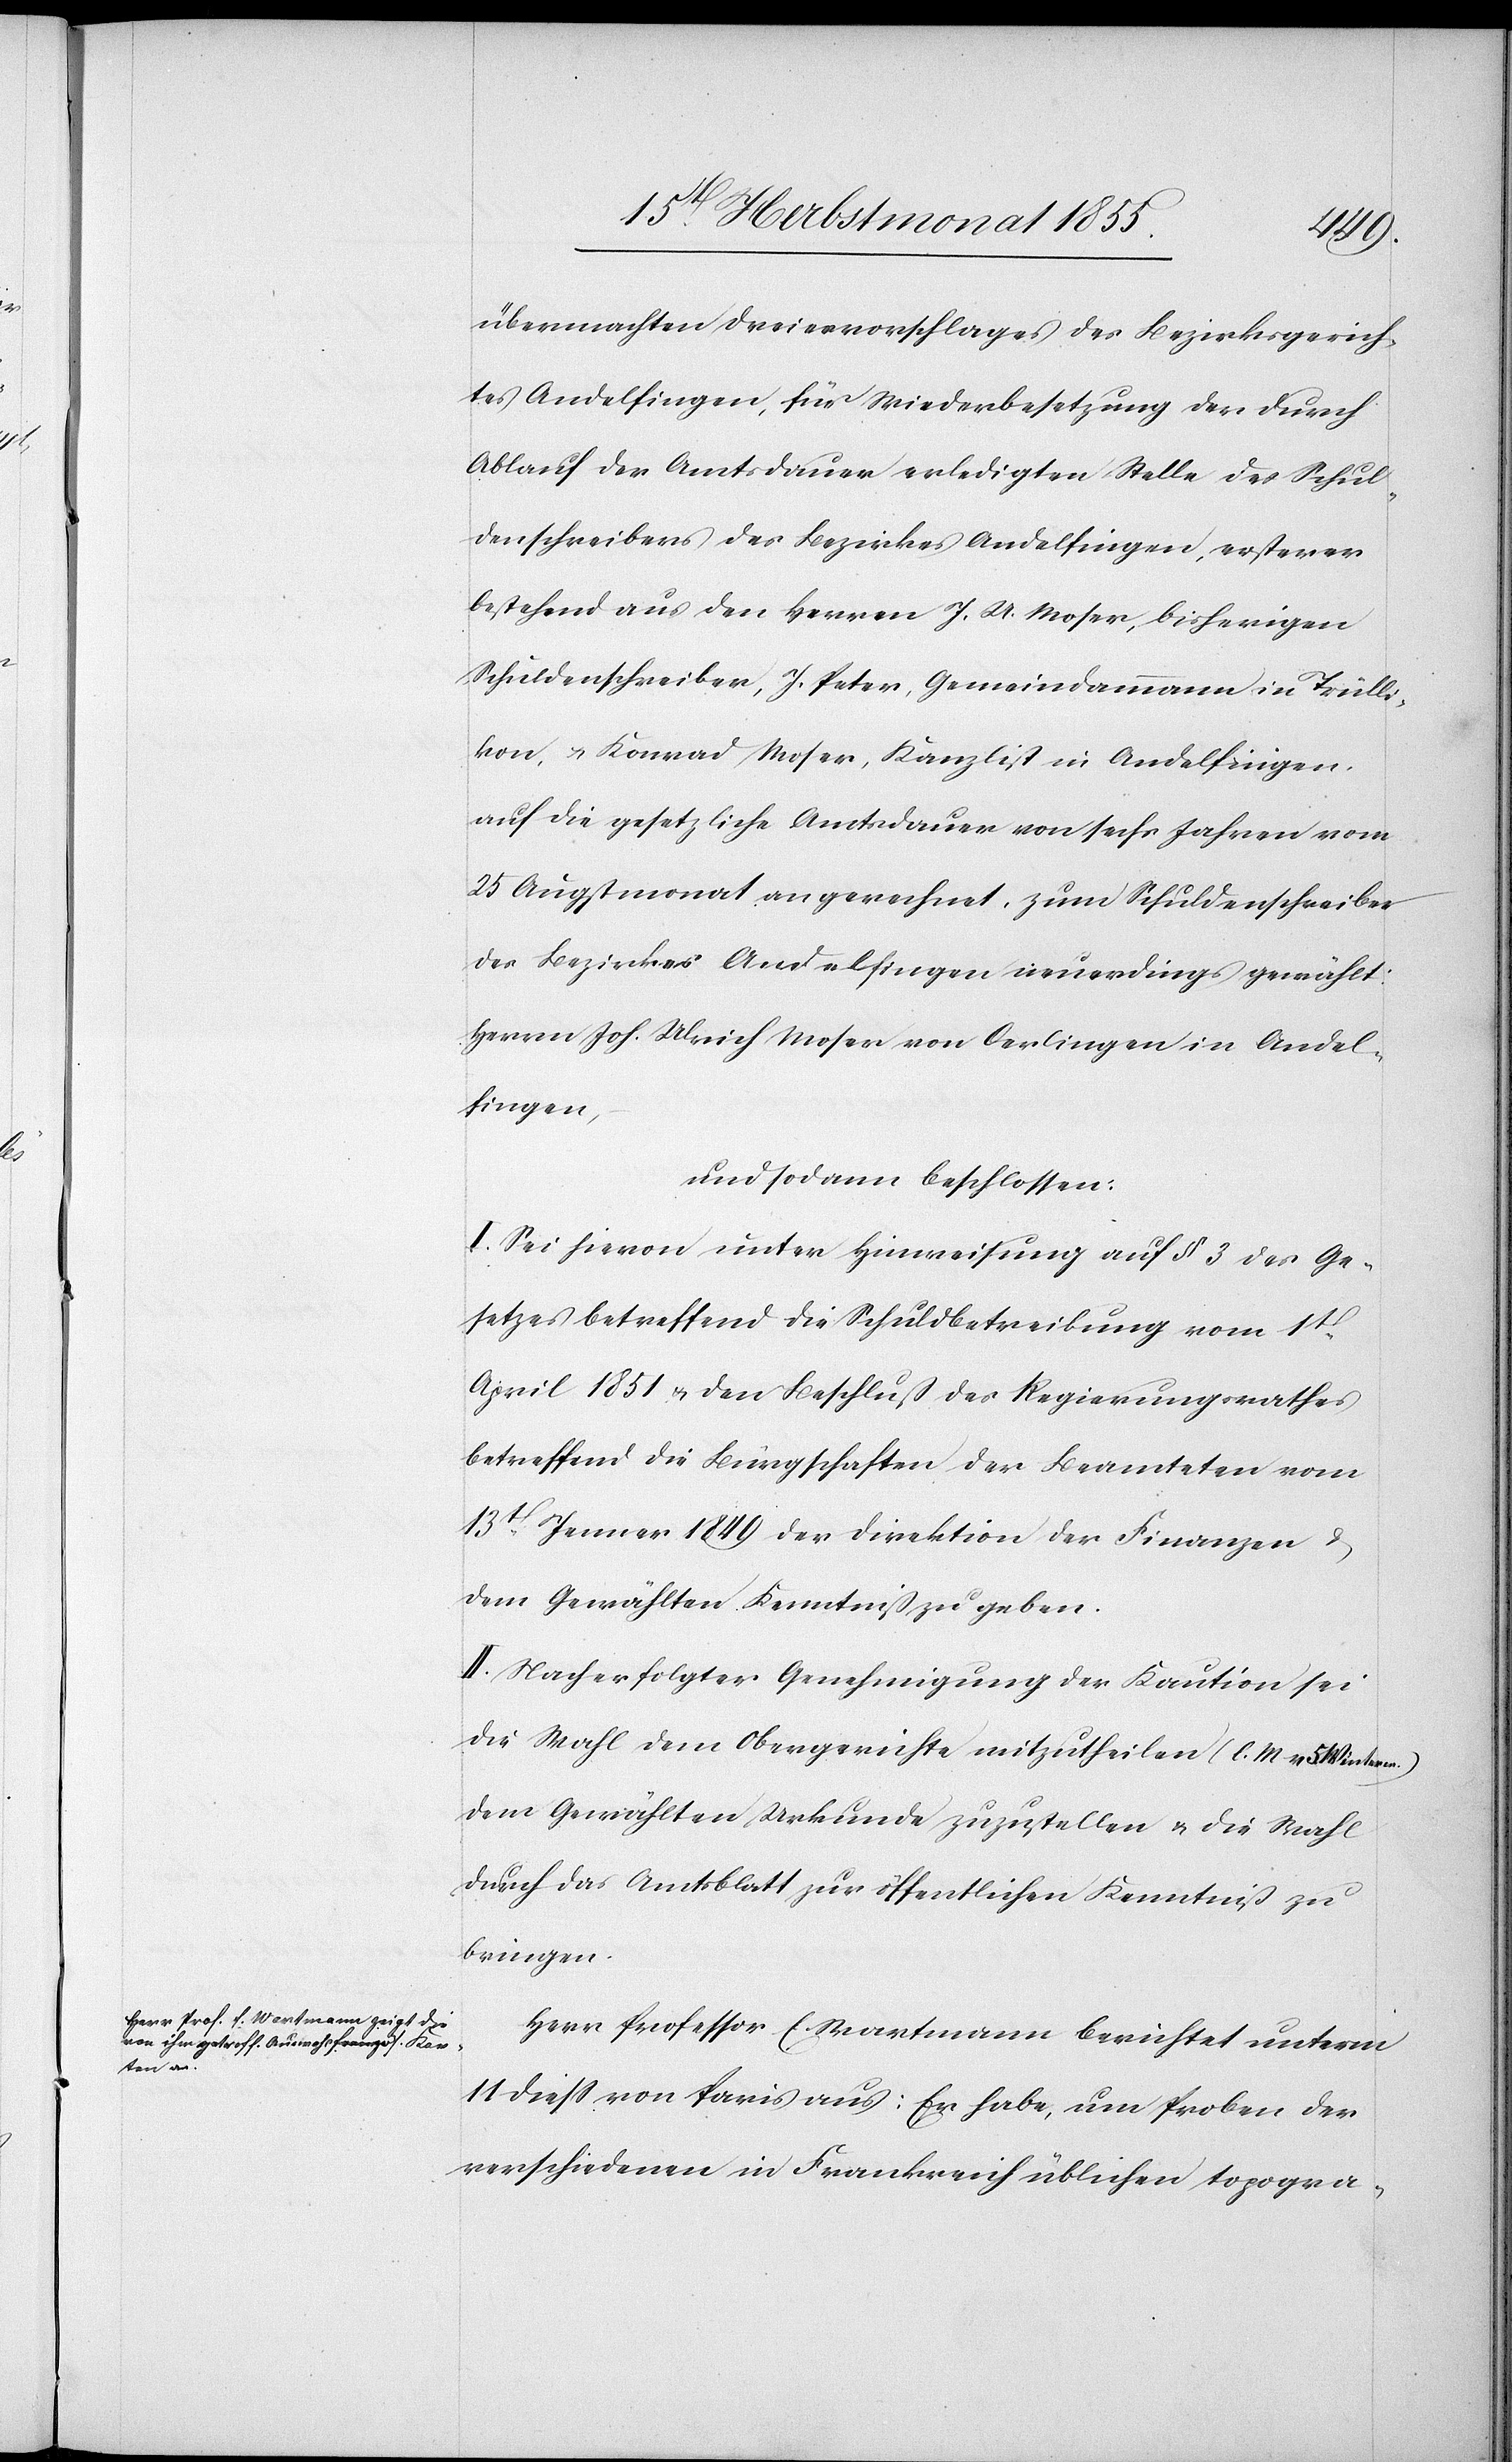
übermachten Dreiervorschlages des Bezirksgerich¬
tes Andelfingen, für Wiederbesetzung der durch
Ablauf der Amtsdauer erledigten Stelle des Schul¬
denschreibers des Bezirkes Andelfingen, ersterer
bestehend aus den Herrn J. U. Moser, bisherigen
Schuldenschreiber, J. Peter, Gemeindammann in Trülli¬
kon, & Konrad Moser, Kanzlist in Andelfingen,
auf die gesetzliche Amtsdauer von sechs Jahren vom
25 Augstmonat angerechnet, zum Schuldenschreiber
des Bezirkes Andelfingen neuerdings gewählt:
Herrn Joh. Ulrich Moser von Oerlingen in Andel¬
fingen,
und sodann beschlossen:
I. Sei hievon unter Hinweisung auf § 3 des Ge¬
setzes betreffend die Schuldbetreibung vom 1t.
April 1851 & den Beschluß des Regierungsrathes
betreffend die Bürgschaften der Beamteten vom
13t. Jenner 1849 der Direktion der Finanzen &
dem Gewählten Kenntniß zu geben.
II. Nach erfolgter Genehmigung der Kaution sei
die Wahl dem Obergerichte mitzutheilen (l. M. v. 5. Winterm.)
dem Gewählten Urkunde zuzustellen & die Wahl
durch das Amtsblatt zur öffentlichen Kenntniß zu
bringen.
Herr Professor E. Wartmann berichtet unterm
11 diess von Paris aus: Er habe, um Proben der
verschiedenen in Frankreich üblichen topogra-